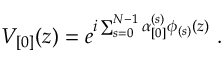
V _ { \lbrack 0 \rbrack } ( z ) = e ^ { i \sum _ { s = 0 } ^ { N - 1 } \alpha _ { \lbrack 0 \rbrack } ^ { ( s ) } \phi _ { ( s ) } ( z ) } ~ .